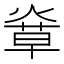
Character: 𤌸